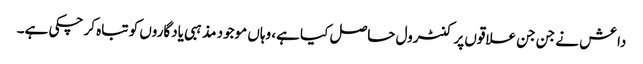
داعش نے جن جن علاقوں پر کنٹرول حاصل کیا ہے، وہاں موجود مذہبی یادگاروں کو تباہ کر چکی ہے۔